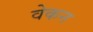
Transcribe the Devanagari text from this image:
वेकन